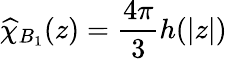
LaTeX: \widehat{\chi}_{B_{1}}(z)=\frac{4\pi}{3}h(|z|)